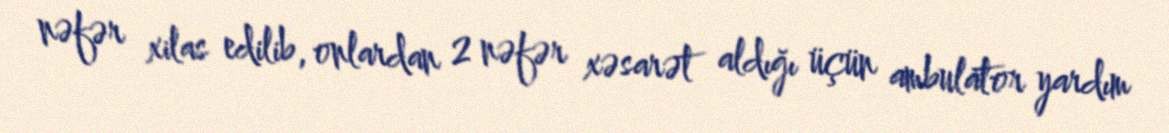
nəfər xilas edilib, onlardan 2 nəfər xəsarət aldığı üçün ambulator yardım